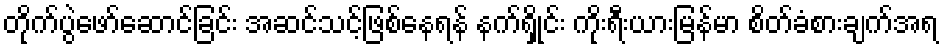
တိုက်ပွဲဖော်ဆောင်ခြင်း အဆင်သင့်ဖြစ်နေရန် နက်ရှိုင်း ကိုးရီးယားမြန်မာ စိတ်ခံစားချက်အရ